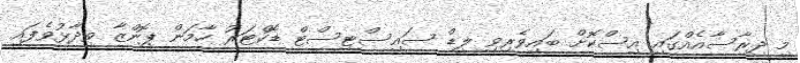
މި ދިރާސާއެއްގައި އިސްކޮށް ބައިވެރިވި ލީޑް ސައިސްޓިސްޓް ޑޮކްޓަރު ހާމަން ޕޮންޒާ ވިދާޅުވެފައި